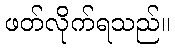
ဖတ်လိုက်ရသည်။